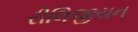
રીલિજીયન